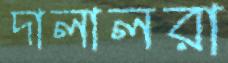
দালালরা